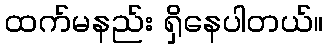
ထက်မနည်း ရှိနေပါတယ်။